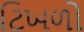
ટિખળો